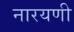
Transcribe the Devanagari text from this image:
नारयणी